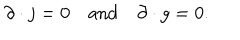
\partial \cdot j = 0 \, \, \, \, \, \, \mathrm { a n d } \, \, \, \, \, \, \partial \cdot g = 0 .